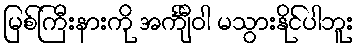
မြစ်ကြီးနားကို အင်္ကျီဝါ မသွားနိုင်ပါဘူး